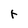
Character: r